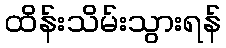
ထိန်းသိမ်းသွားရန်